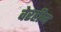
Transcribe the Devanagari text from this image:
वेरहीज